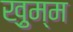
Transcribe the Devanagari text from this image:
ख़ुम्म